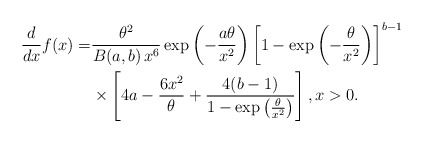
\begin{align*}\frac{d}{dx}f(x) =&\frac{\theta^{2}}{B(a,b)\,x^6}\exp\left(-\frac{a\theta}{x^2}\right)\left[1-\exp\left(-\frac{\theta}{x^2}\right)\right]^{b-1}\\&\times\left[4a-\frac{6x^2}{\theta}+\frac{4(b-1)}{1-\exp\left(\frac{\theta}{x^2}\right)}\right],x>0.\end{align*}